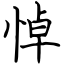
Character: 悼